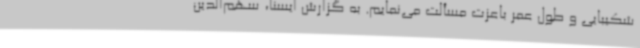
شکیبایی و طول عمر باعزت مسألت می‌نمایم. به گزارش ایسنا، سهم‌الدین